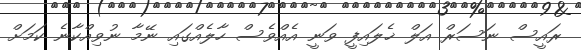
ރައީސް ނަސަރް އަލް ޚެލައިފީ ވަނީ އެއްވެސް ހާލެއްގައި ނޭމާ ނުވިއްކާނެ ކަމަށް